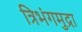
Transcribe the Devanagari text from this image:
त्रिभंगमुद्रा